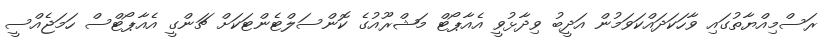
ރަސްމިއްޔާތުގައި ވާހަކަދައްކަވަމުން އަދީބު ވިދާޅުވީ އެއާޕޯޓް މަޝްރޫއުގެ ކޮންސަލްޓެންޓަކަށް ޗަންގީ އެއާޕޯޓްސް ހަމަޖެއްސީ